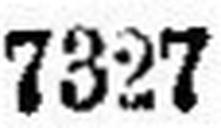
7327